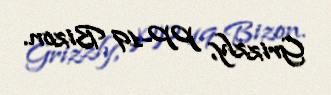
Grizzly, PP-19 Bizon.